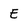
Character: E